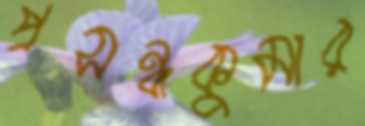
প্রসন্নকুমার